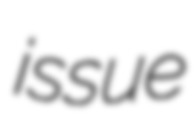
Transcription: issue